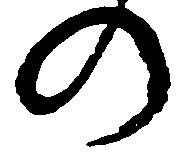
の